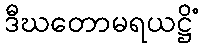
ဒီဃတောမရယဋ္ဌိံ